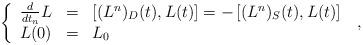
LaTeX: \begin{align*} \left\{\begin{array}{ccl}\frac{d}{dt_n}L &=& \left[(L^n)_D(t), L(t)\right] = -\left[(L^n)_S(t), L(t)\right]\\L(0) & = & L_0 \\\end{array}\right. \; ,\end{align*}